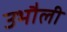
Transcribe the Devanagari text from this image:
उभौली